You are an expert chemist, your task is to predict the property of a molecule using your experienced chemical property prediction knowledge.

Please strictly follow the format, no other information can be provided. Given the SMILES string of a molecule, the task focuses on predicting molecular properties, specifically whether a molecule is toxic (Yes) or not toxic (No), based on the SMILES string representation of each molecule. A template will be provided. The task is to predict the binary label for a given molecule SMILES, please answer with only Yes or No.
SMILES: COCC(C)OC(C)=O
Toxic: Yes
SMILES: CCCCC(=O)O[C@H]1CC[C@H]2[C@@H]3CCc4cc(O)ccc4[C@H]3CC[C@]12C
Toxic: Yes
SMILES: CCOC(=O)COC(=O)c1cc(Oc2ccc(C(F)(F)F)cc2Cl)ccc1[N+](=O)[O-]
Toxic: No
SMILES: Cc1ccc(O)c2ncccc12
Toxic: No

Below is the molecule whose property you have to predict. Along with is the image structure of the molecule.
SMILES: C=CCSCC1Nc2cc(Cl)c(S(N)(=O)=O)cc2S(=O)(=O)N1
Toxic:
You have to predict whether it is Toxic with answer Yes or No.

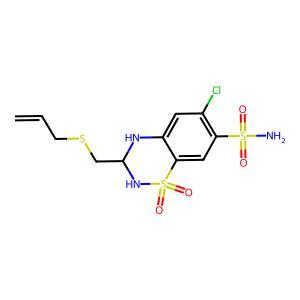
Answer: No